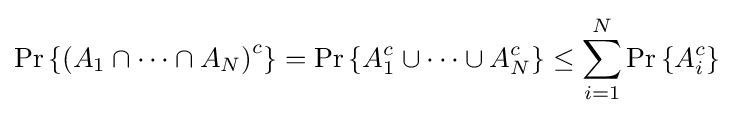
\Pr \left\{\left(A_{1}\cap \cdots \cap A_{N}\right)^{c}\right\}=\Pr \left\{A_{1}^{c}\cup \cdots \cup A_{N}^{c}\right\}\leq \sum _{i=1}^{N}\Pr \left\{A_{i}^{c}\right\}